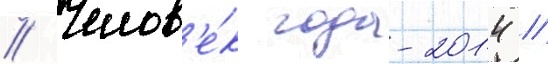
// Челов'е́к года-2014 //